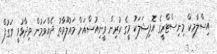
އިސްލާމިކް މިނިސްޓްރީގެ އޮފިޝަލަކު މީގެ ކުރިން ވީނިއުސްއަށް މައުލޫމާތު ދެއްވަމުން ވިދާޅުވީ ވަގުފް